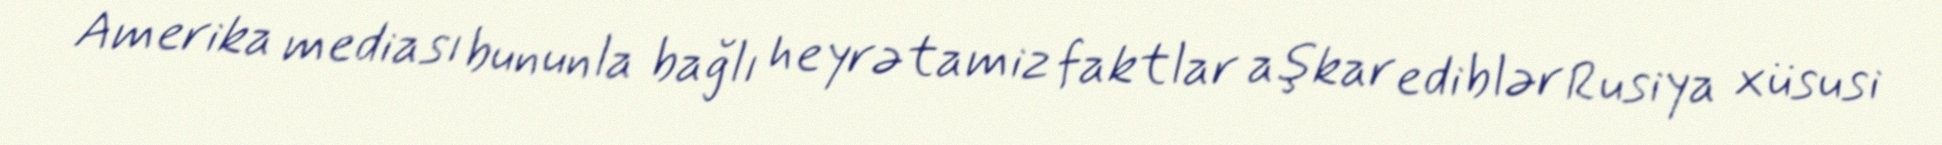
Amerika mediası bununla bağlı heyrətamiz faktlar aşkar ediblər Rusiya xüsusi